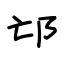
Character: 邙